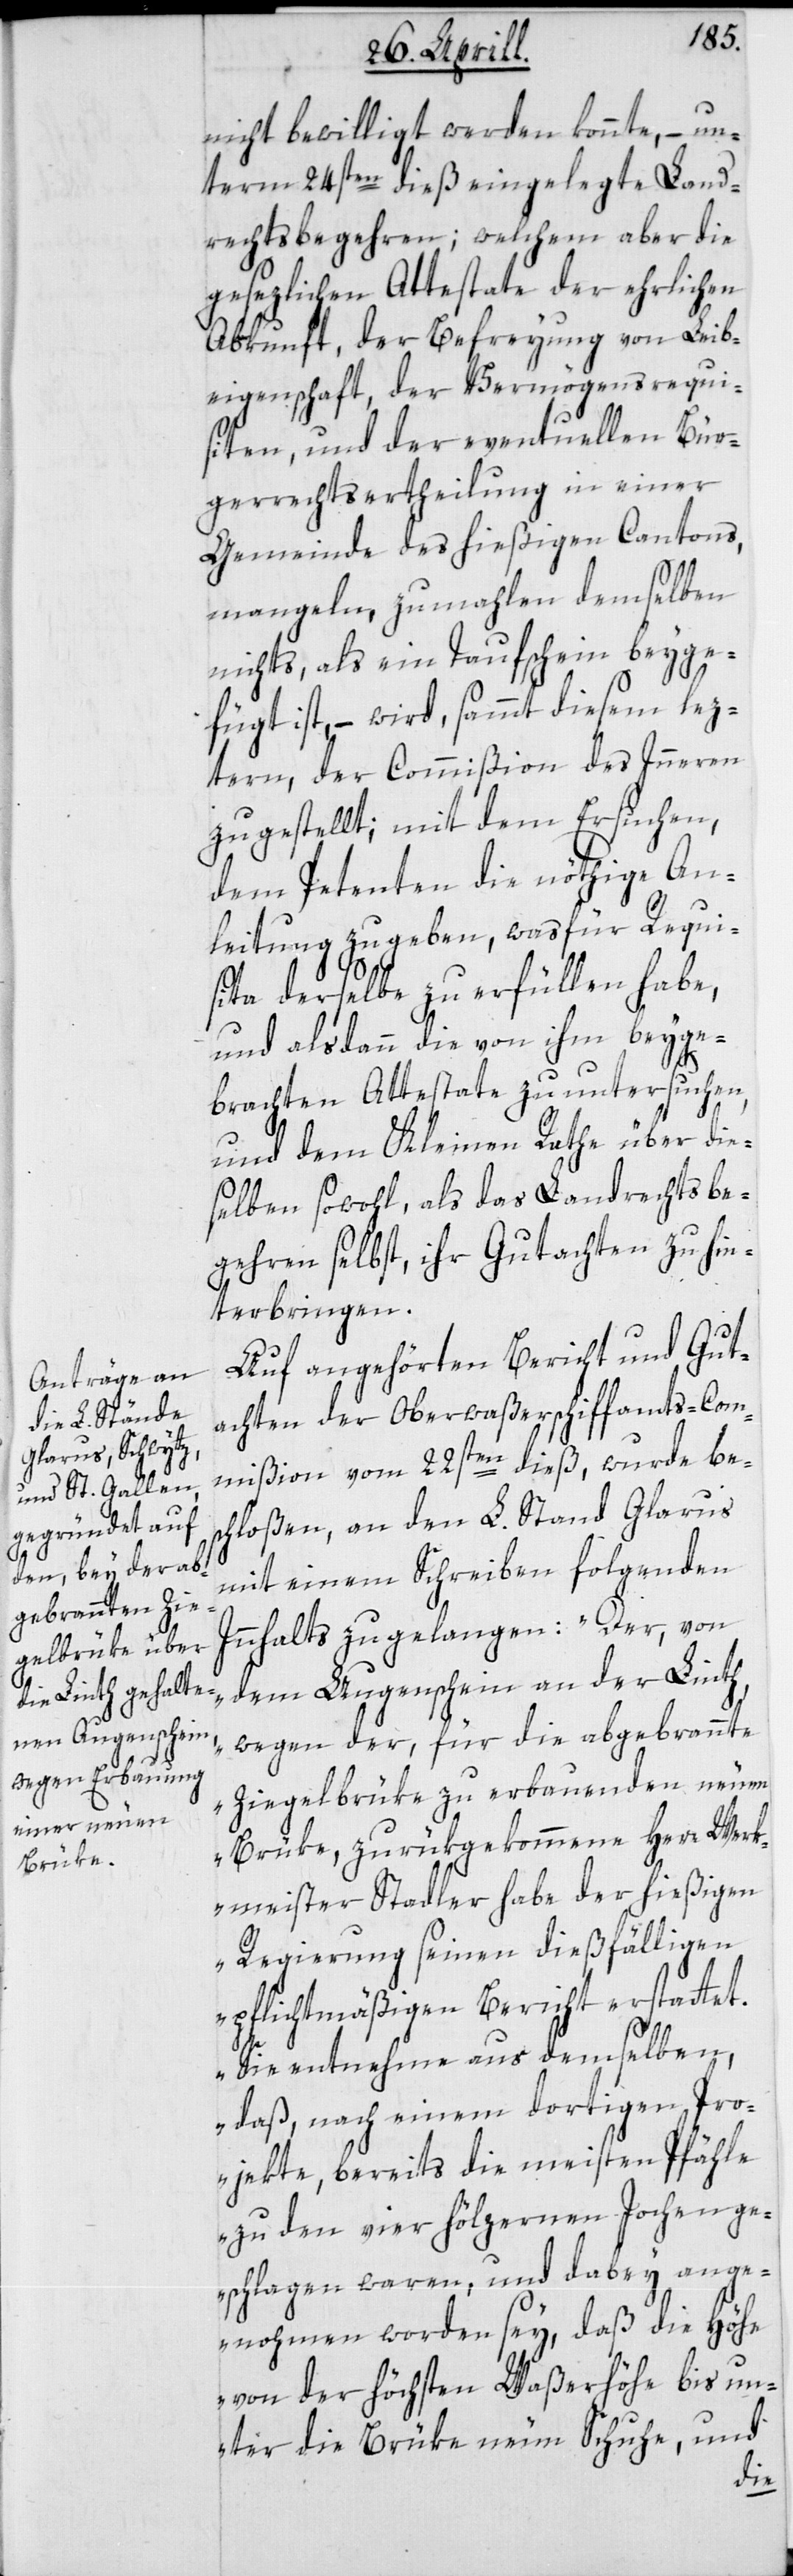
nicht bewilligt werden konnte, – un¬
term 24sten dieß eingelegte Land¬
rechtsbegehren; welchem aber die
gesezlichen Attestate der ehrlichen
Abkunft, der Befreyung von Leib¬
eigenschaft, der Vermögensrequi¬
siten, und der eventuellen Bür¬
gerrechts-Ertheilung in einer
Gemeinde des hießigen Cantons
mangeln, zumahlen demselben
nichts, als ein Taufschein beyge¬
fügt ist, – wird, sammt diesem lez¬
tern, der Commißion des Innern
zugestellt; mit dem Ersuchen,
dem Petenten die nöthige An¬
leitung zu geben, was für Requi¬
site derselbe zu erfüllen habe,
und alsdann die von ihm beyge¬
brachten Attestate zu untersuchen,
und dem Kleinen Rathe über die¬
selben sowohl, als das Landrechtsbe¬
gehren selbst, ihr Gutachten zu hin¬
terbringen.
Auf angehörten Bericht und Gut¬
achten der Oberwaßerschiffamts-Com¬
mißion vom 22sten dieß, wurde be¬
schloßen, an den L. Stand Glarus
mit einem Schreiben folgenden
Innhalts zu gelangen: „Der von
dem Augenschein an der Linth,
wegen der, für die abgebrannte
Ziegelbrüke zu erbauenden neuen
Brüke, zurükgekommene Herr Werk¬
meister Stadler, habe der hießigen
Regierung seinen dießfälligen
pflichtmäßigen Bericht erstattet.
Sie entnehme aus demselben,
daß nach einem dortigen Pro¬
jekte, bereits die meisten Pfähle
zu den vier hölzernen Jochen ge¬
schlagen waren, und dabey ange¬
nohmen worden sey, daß die Höhe
von der höchsten Waßerhöhe bis un¬
ter die Brüke neun Schuhe, und